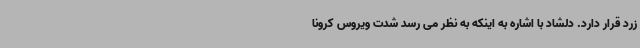
زرد قرار دارد. دلشاد با اشاره به اینکه به نظر می رسد شدت ویروس کرونا